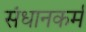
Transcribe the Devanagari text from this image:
संधानकर्म